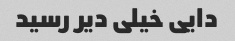
دایی خیلی دیر رسید